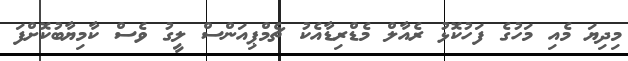
މިދިޔަ މެއި މަހުގެ ފަހުކޮޅު ރެއާލް މެޑްރިޑާއެކު ޗެމްޕިއަންސް ލީގު ވެސް ކާމިޔާބުކޮށްފަ